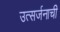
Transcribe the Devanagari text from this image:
उत्सर्जनाची